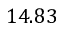
1 4 . 8 3